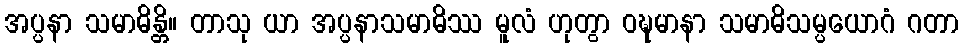
အပ္ပနာ သမာဓိန္တိ။ တာသု ယာ အပ္ပနာသမာဓိဿ မူလံ ဟုတွာ ဝဍ္ဎမာနာ သမာဓိသမ္ပယောဂံ ဂတာ